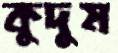
কুদুম